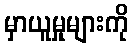
မှာယူမှုများကို